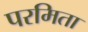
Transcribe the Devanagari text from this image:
परमिता